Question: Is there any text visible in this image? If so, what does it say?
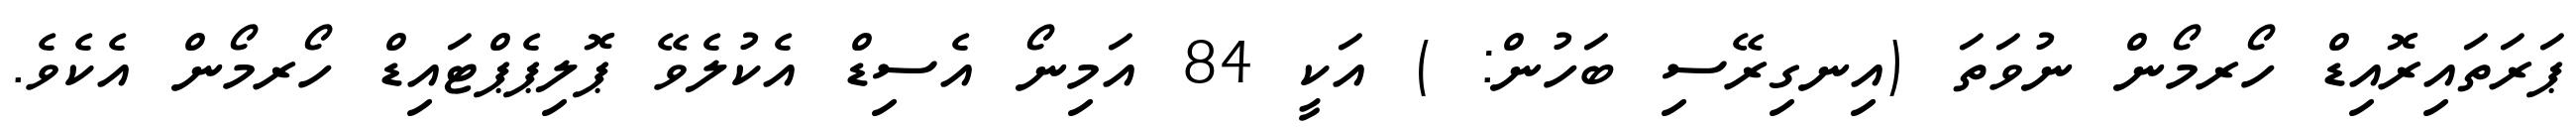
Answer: ޕަރަތައިރޮއިޑް ހޯރމޯން ނުވަތަ (އިނގިރޭސި ބަހުން: ) އަކީ 84 އަމިނޯ އެސިޑް އެކުލެވޭ ޕޮލިޕެޕްޓައިޑް ހޯރމޯން އެކެވެ.